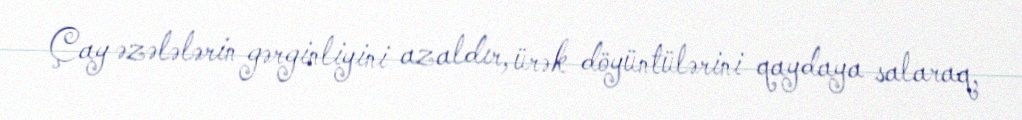
Çay əzələlərin gərginliyini azaldır, ürək döyüntülərini qaydaya salaraq,